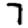
Digit: 7